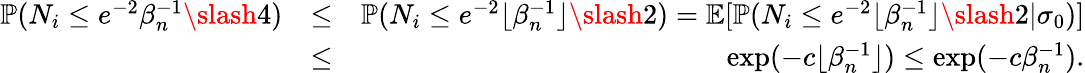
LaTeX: \begin{array}{rlr}{\mathbb{P}(N_{i}\leq e^{-2}\beta_{n}^{-1}\slash 4)}&{\leq}&{\mathbb{P}(N_{i}\leq e^{-2}\lfloor\beta_{n}^{-1}\rfloor\slash 2)=\mathbb{E}[\mathbb{P}(N_{i}\leq e^{-2}\lfloor\beta_{n}^{-1}\rfloor\slash 2|\sigma_{0})]}\\ &{\leq}&{\exp(-c\lfloor\beta_{n}^{-1}\rfloor)\leq\exp(-c\beta_{n}^{-1}).}\end{array}